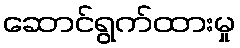
ဆောင်ရွက်ထားမှု